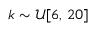
k \sim \mathcal { U } [ 6 , \, 2 0 ]